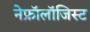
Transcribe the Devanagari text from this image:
नेफ्रॉलॉजिस्ट